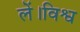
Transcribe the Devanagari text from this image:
लें।विश्व